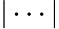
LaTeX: |\cdots|